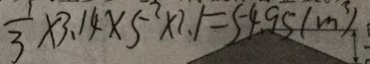
\frac { 1 } { 3 } \times 3 . 1 4 \times 5 ^ { 2 } \times 2 . 1 = 5 4 . 9 5 ( m ^ { 3 } )